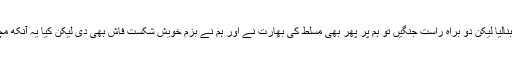
بھارت سے دفاع کی خاطر ہم نے اپنے پیٹ کاٹ کر بچوں کی تعلیم اور صحت کو داؤ پر لگا کر ایٹم بم بنالیا لیکن دو براہ راست جنگیں تو ہم پر پھر بھی مسلط کی بھارت نے اور ہم نے بزم خویش شکست فاش بھی دی لیکن کیا یہ آنکھ مچولی دونوں پڑوسی ایٹمی ممالک کے ذمہ داران کی جانب سے ان کی عوام میں کسی طرح جسیفائیڈ ہے؟